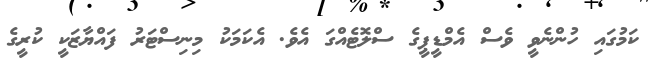
ކަމުގައި ހުންނެވީ ވެސް އެމްޑީޕީގެ ސްލޮޓެއްގަ އެވެ. އެކަމަކު މިނިސްޓަރު ފައްޔާޒަކީ ކުރީގެ